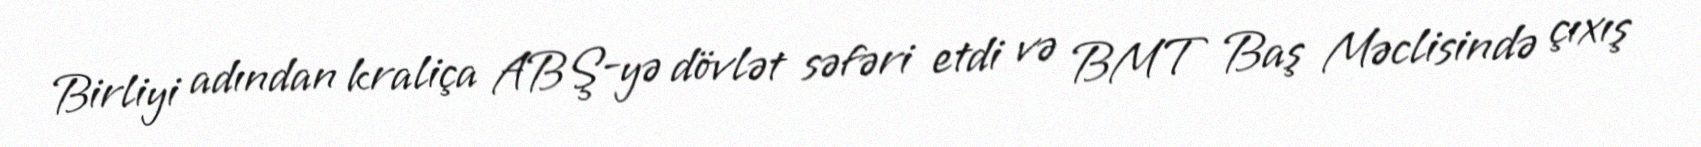
Birliyi adından kraliça ABŞ-yə dövlət səfəri etdi və BMT Baş Məclisində çıxış